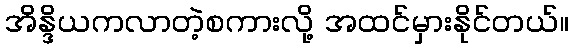
အိန္ဒိယကလာတဲ့စကားလို့ အထင်မှားနိုင်တယ်။